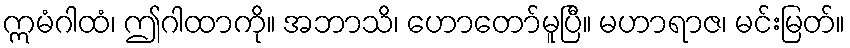
ဣမံဂါထံ၊ ဤဂါထာကို။ အဘာသိ၊ ဟောတော်မူပြီ။ မဟာရာဇ၊ မင်းမြတ်။